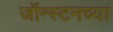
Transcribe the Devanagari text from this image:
जॉन्स्टनच्या